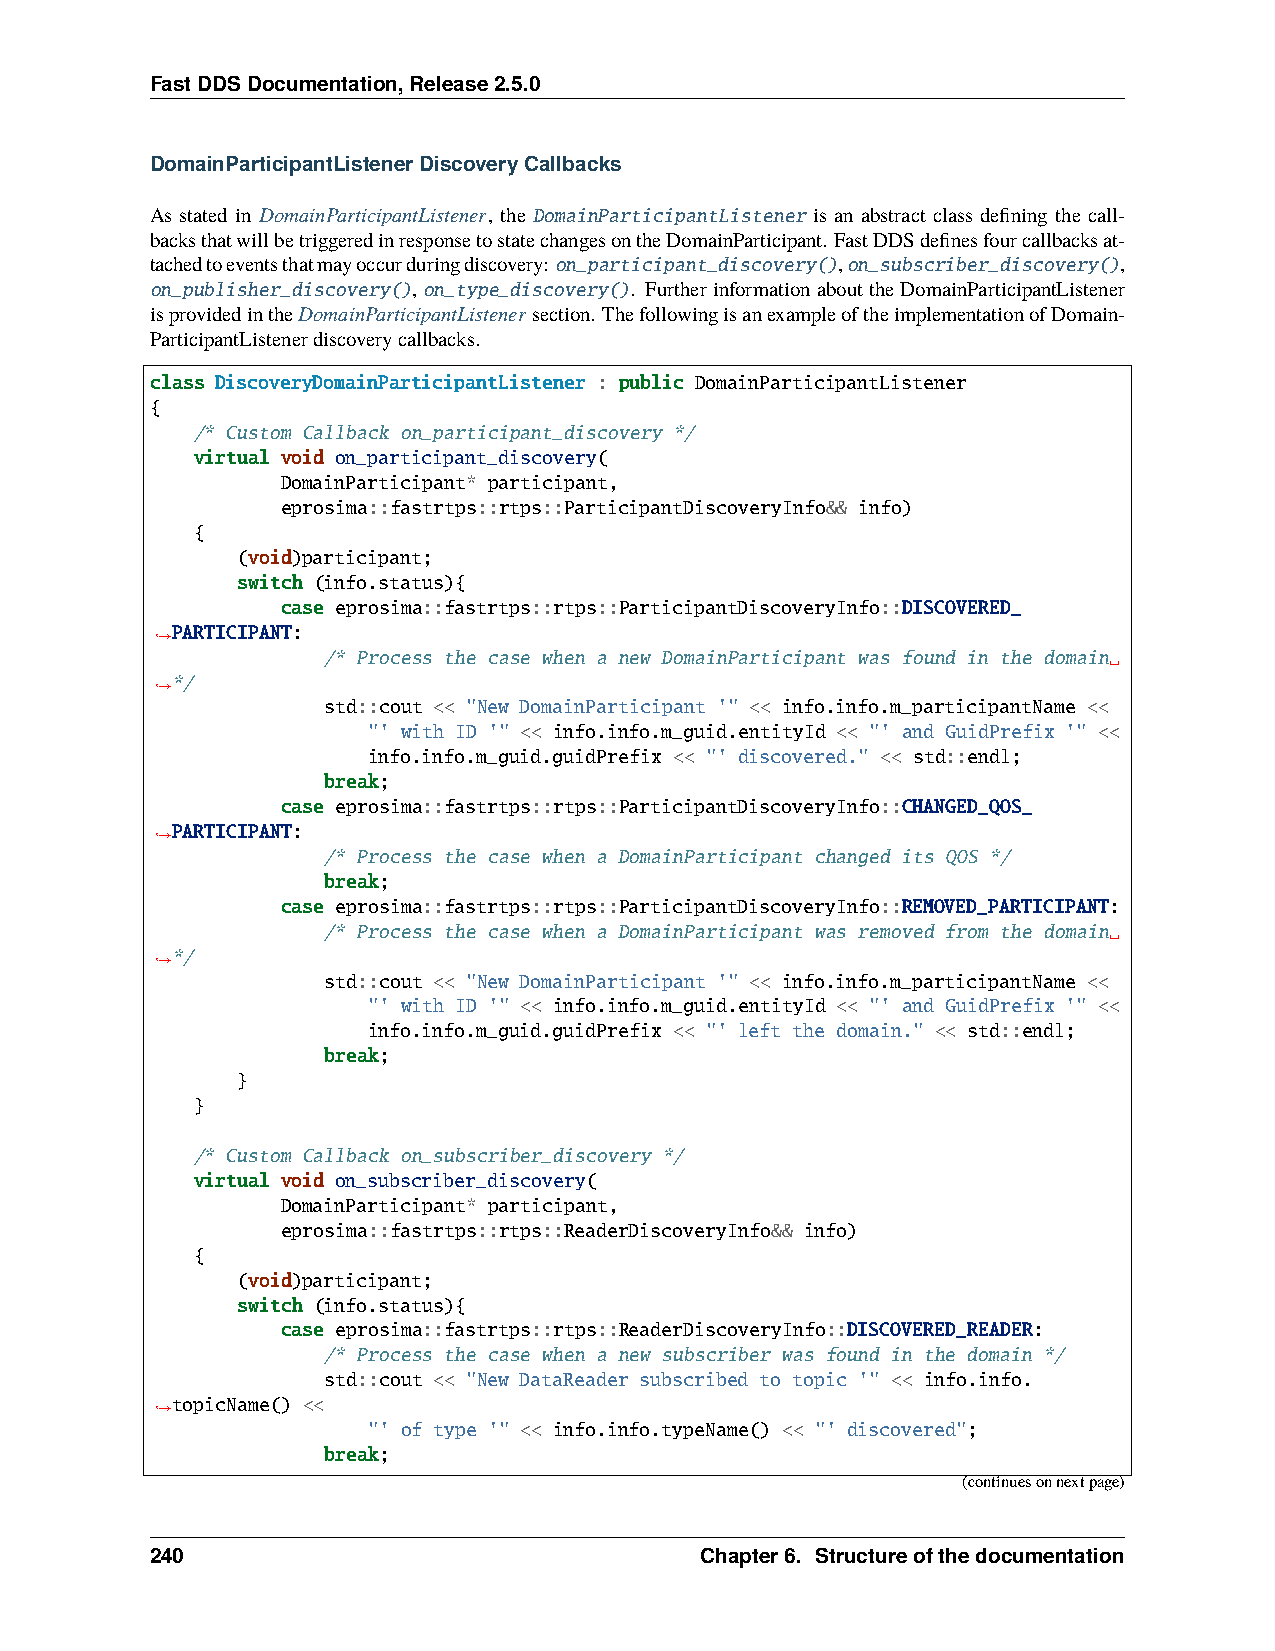
FastDDSDocumentation,Release2.5.0
 DomainParticipantListenerDiscoveryCallbacks
 As stated in DomainParticipantListener, the DomainParticipantListener is an abstract class defining the call-
 backsthatwillbetriggeredinresponsetostatechangesontheDomainParticipant. FastDDSdefinesfourcallbacksat-
 tachedtoeventsthatmayoccurduringdiscovery:on_participant_discovery(),on_subscriber_discovery(),
 on_publisher_discovery(), on_type_discovery(). FurtherinformationabouttheDomainParticipantListener
 isprovidedintheDomainParticipantListenersection. ThefollowingisanexampleoftheimplementationofDomain-
 ParticipantListenerdiscoverycallbacks.
 class DiscoveryDomainParticipantListener : public DomainParticipantListener
 {
 /* Custom Callback on_participant_discovery */
 virtual void on_participant_discovery(
 DomainParticipant* participant,
 eprosima::fastrtps::rtps::ParticipantDiscoveryInfo&& info)
 {
 (void)participant;
 switch (info.status){
 case eprosima::fastrtps::rtps::ParticipantDiscoveryInfo::DISCOVERED_
 PARTICIPANT:
 ˓→
 /* Process the case when a new DomainParticipant was found in the domain␣
 */
 ˓→
 std::cout << "New DomainParticipant '" << info.info.m_participantName <<
 "' with ID '" << info.info.m_guid.entityId << "' and GuidPrefix '" <<
 info.info.m_guid.guidPrefix << "' discovered." << std::endl;
 break;
 case eprosima::fastrtps::rtps::ParticipantDiscoveryInfo::CHANGED_QOS_
 PARTICIPANT:
 ˓→
 /* Process the case when a DomainParticipant changed its QOS */
 break;
 case eprosima::fastrtps::rtps::ParticipantDiscoveryInfo::REMOVED_PARTICIPANT:
 /* Process the case when a DomainParticipant was removed from the domain␣
 */
 ˓→
 std::cout << "New DomainParticipant '" << info.info.m_participantName <<
 "' with ID '" << info.info.m_guid.entityId << "' and GuidPrefix '" <<
 info.info.m_guid.guidPrefix << "' left the domain." << std::endl;
 break;
 }
 }
 /* Custom Callback on_subscriber_discovery */
 virtual void on_subscriber_discovery(
 DomainParticipant* participant,
 eprosima::fastrtps::rtps::ReaderDiscoveryInfo&& info)
 {
 (void)participant;
 switch (info.status){
 case eprosima::fastrtps::rtps::ReaderDiscoveryInfo::DISCOVERED_READER:
 /* Process the case when a new subscriber was found in the domain */
 std::cout << "New DataReader subscribed to topic '" << info.info.
 topicName() <<
 ˓→
 "' of type '" << info.info.typeName() << "' discovered";
 break;
 (continuesonnextpage)
 240                                 Chapter6. Structureofthedocumentation